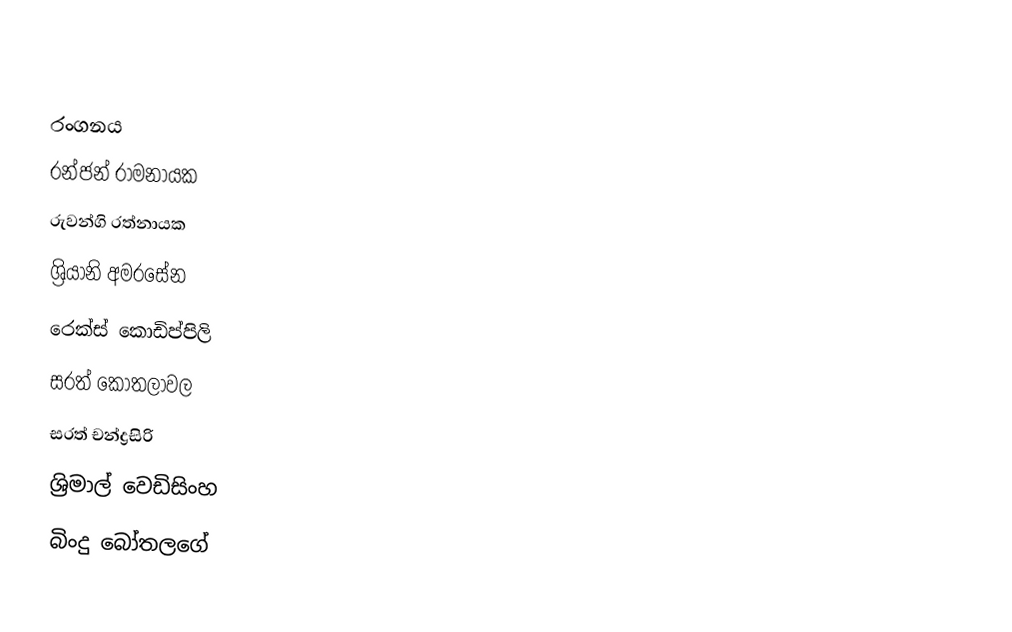

රංගනය
 රන්ජන් රාමනායක
 රුවන්ගි රත්නායක
 ශ්‍රියානි අමරසේන
 රෙක්ස් කොඩිප්පිලි
 සරත් කොතලාවල
 සරත් චන්ද්‍රසිරි
 ශ්‍රිමාල් වෙඩිසිංහ
 බිංදු බෝතලගේ